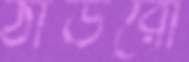
ঠাউরো